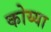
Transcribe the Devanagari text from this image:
कोय्या